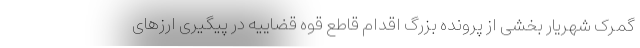
گمرک شهریار بخشی از پرونده بزرگ اقدام قاطع قوه قضاییه در پیگیری ارزهای